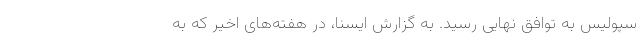
سپولیس به توافق نهایی رسید. به گزارش ایسنا، در هفته‌های اخیر که به